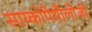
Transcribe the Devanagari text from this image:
साय्कोपैथौलौजी